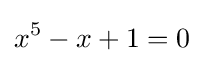
x^{5}-x+1=0